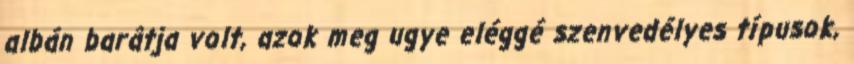
albán barâtja volt, azok meg ugye eléggé szenvedélyes típusok,